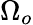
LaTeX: \Omega_{o}